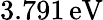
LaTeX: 3.791\, \textrm{eV}